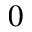
0